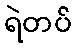
ရဲတပ်